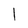
Character: l